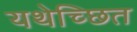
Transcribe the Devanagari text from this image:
यथेच्छित